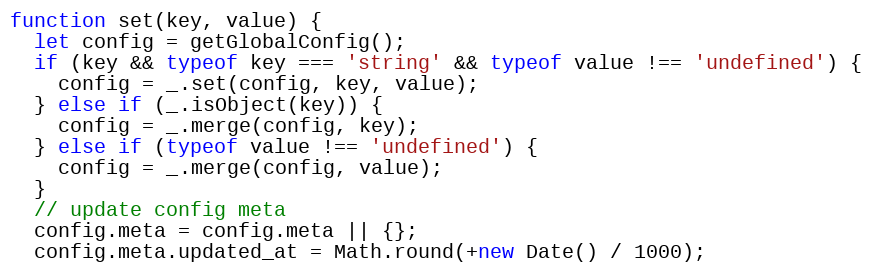
Language: JavaScript
function set(key, value) {
  let config = getGlobalConfig();
  if (key && typeof key === 'string' && typeof value !== 'undefined') {
    config = _.set(config, key, value);
  } else if (_.isObject(key)) {
    config = _.merge(config, key);
  } else if (typeof value !== 'undefined') {
    config = _.merge(config, value);
  }
  // update config meta
  config.meta = config.meta || {};
  config.meta.updated_at = Math.round(+new Date() / 1000);